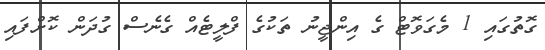
ގޮތުގައި 1 މެގަވޮޓް ގެ އިންޖީނު ތަކުގެ ފްލީޓެއް ގެނެެސް ގުދަން ކޮށްފައި